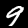
Label: 9